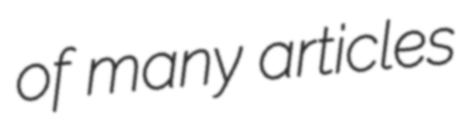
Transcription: of many articles